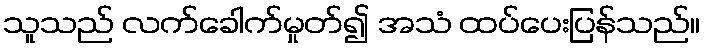
သူသည် လက်ခေါက်မှုတ်၍ အသံ ထပ်ပေးပြန်သည်။